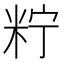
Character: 𥹍